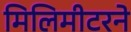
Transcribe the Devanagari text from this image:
मिलिमीटरने